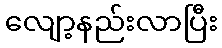
လျော့နည်းလာပြီး